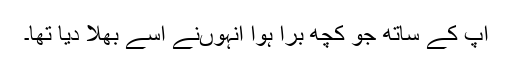
آپ کے ساتھ جو کچھ برا ہوا انہوںنے اسے بھلا دیا تھا۔